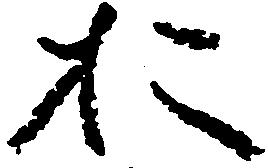
お